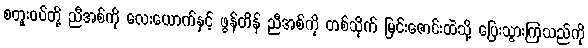
စတူးဝပ်တို့ ညီအစ်ကို လေးယောက်နှင့် ဖွန်တိန် ညီအစ်ကို တစ်သိုက် မြင်းဇောင်းထဲသို့ ပြေးသွားကြသည်ကို